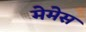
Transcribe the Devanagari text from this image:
मेमेस